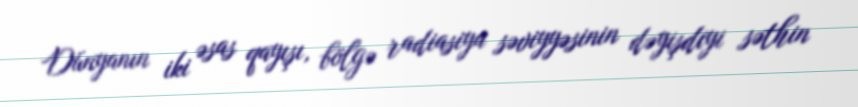
Dünyanın iki əsas qayışı, bölgə radiasiya səviyyəsinin dəyişdiyi səthin